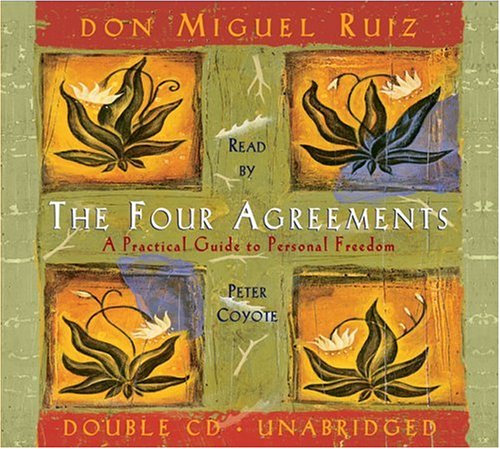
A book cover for The Four Agreements: A Practical Guide to Personal Freedom; Miguel Ruiz; Religion & Spirituality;